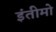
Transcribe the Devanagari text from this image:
इंतीमो